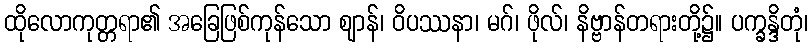
ထိုလောကုတ္တရာ၏ အခြေဖြစ်ကုန်သော ဈာန်၊ ဝိပဿနာ၊ မဂ်၊ ဖိုလ်၊ နိဗ္ဗာန်တရားတို့၌။ ပက္ခန္ဒိတုံ၊